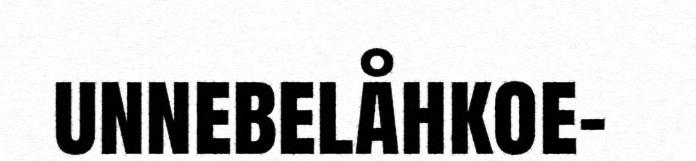
unnebelåhkoe-